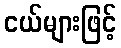
ငယ်များဖြင့်